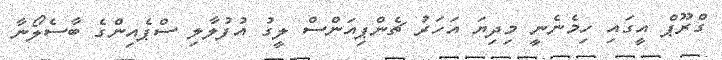
ގްރޫޕް އީގައި ހިމެނެނީ މިދިޔަ އަހަރު ޗެންޕިއަންސް ލީގު އުފުލާލި ސްޕެއިންގެ ބާސެލޯނާ